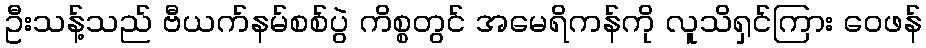
ဦးသန့်သည် ဗီယက်နမ်စစ်ပွဲ ကိစ္စတွင် အမေရိကန်ကို လူသိရှင်ကြား ဝေဖန်